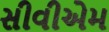
સીવીએમ